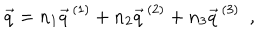
LaTeX: \vec { q } = n _ { 1 } \vec { q } ^ { \, ( 1 ) } + n _ { 2 } \vec { q } ^ { \, ( 2 ) } + n _ { 3 } \vec { q } ^ { \, ( 3 ) } ~ ~ ,